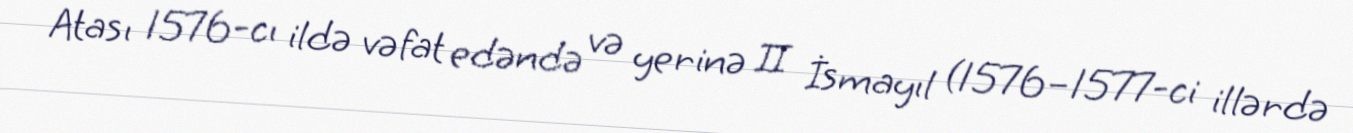
Atası 1576-cı ildə vəfat edəndə və yerinə II İsmayıl (1576–1577-ci illərdə